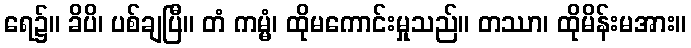
ရေ၌။ ခိပိ၊ ပစ်ချပြီ။ တံ ကမ္မံ၊ ထိုမကောင်းမှုသည်။ တဿာ၊ ထိုမိန်းမအား။